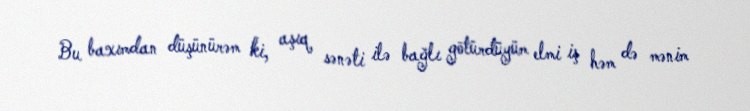
Bu baxımdan düşünürəm ki, aşıq sənəti ilə bağlı götürdüyüm elmi iş həm də mənim